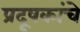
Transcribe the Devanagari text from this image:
प्रदूषकांचे